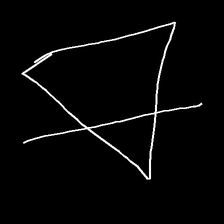
Glyph: empower